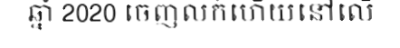
ឆ្នាំ 2020 ចេញលក់ហើយនៅលើ